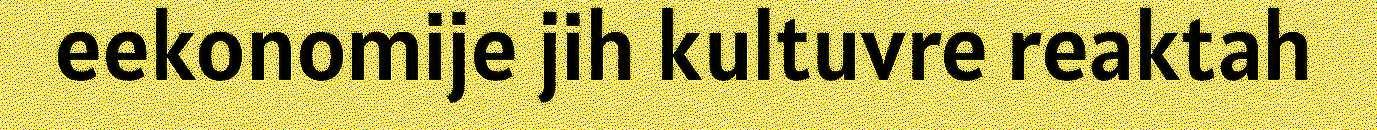
eekonomije jih kultuvre reaktah